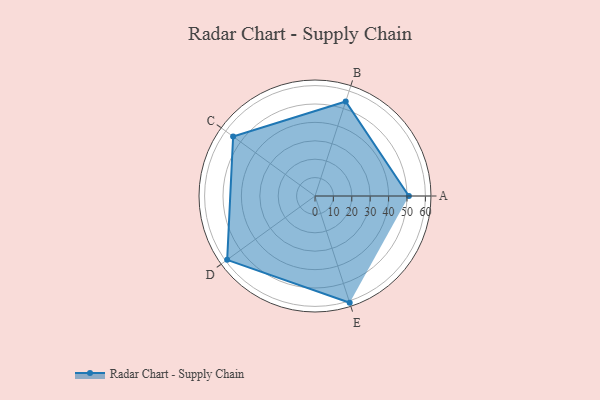
{"axis": {"x": "Skill", "y": "Score"}, "legend": ["Profile"], "data": [{"x": "A", "y": 51.0, "type": "Profile"}, {"x": "B", "y": 54.0, "type": "Profile"}, {"x": "C", "y": 55.0, "type": "Profile"}, {"x": "D", "y": 59.0, "type": "Profile"}, {"x": "E", "y": 61.0, "type": "Profile"}]}